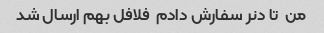
من  تا دنر سفارش دادم  فلافل بهم ارسال شد